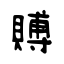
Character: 賻